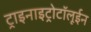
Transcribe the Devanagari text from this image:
ट्राइनाइट्रोटॉलूईन